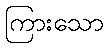
ကြားသော